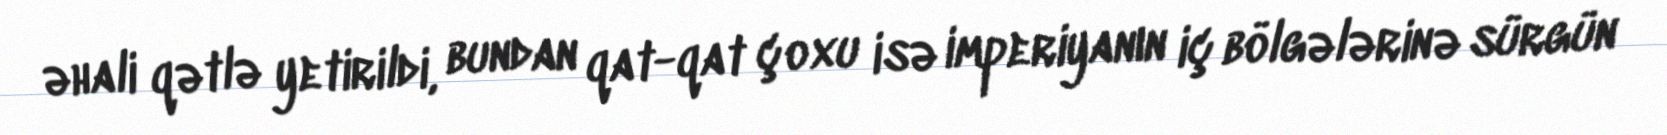
əhali qətlə yetirildi, bundan qat-qat çoxu isə imperiyanın iç bölgələrinə sürgün